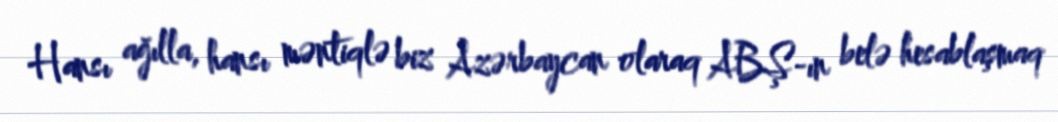
Hansı ağılla, hansı məntiqlə biz Azərbaycan olaraq ABŞ-ın belə hesablaşmaq